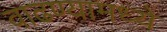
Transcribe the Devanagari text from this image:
वाढण्यामध्ये